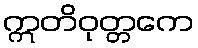
ဣတိဝုတ္တကေ